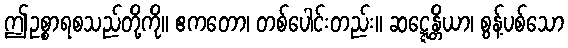
ဤဥစ္စာရစသည်တို့ကို။ ဧကတော၊ တစ်ပေါင်းတည်း။ ဆဋ္ဋေန္တိယာ၊ စွန့်ပစ်သော